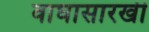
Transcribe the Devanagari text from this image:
वाघासारखी